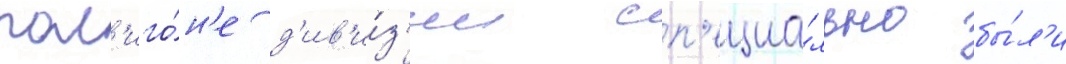
пол'иго́н'е д'ив'и́з'ии сп'ециа́льно бы́л'и